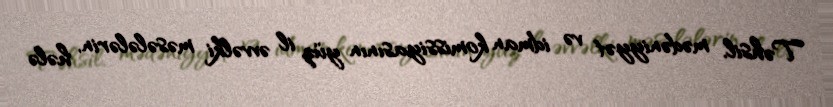
Təhsil, mədəniyyət və idman komissiyasının yüz il əvvəlki məsələlərin, hələ